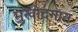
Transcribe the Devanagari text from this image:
मुखोदगात